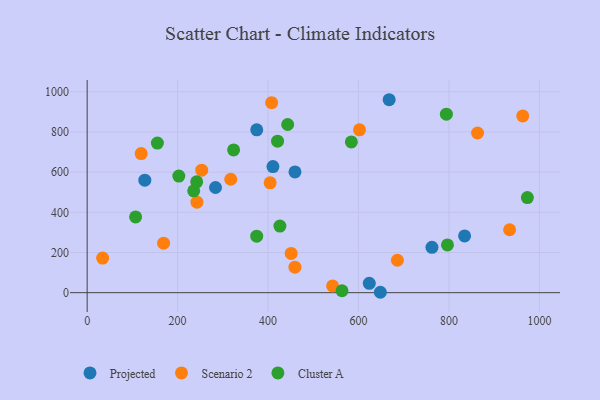
{"axis": {"x": "Experience", "y": "Rating"}, "legend": ["Cluster A", "Projected", "Scenario 2"], "data": [{"x": "623.8", "y": 46.7, "type": "Projected"}, {"x": "667.8", "y": 960.2, "type": "Projected"}, {"x": "762.4", "y": 225.8, "type": "Projected"}, {"x": "459.5", "y": 601.1, "type": "Projected"}, {"x": "648.3", "y": 2.0, "type": "Projected"}, {"x": "375.0", "y": 810.4, "type": "Projected"}, {"x": "834.6", "y": 282.3, "type": "Projected"}, {"x": "410.8", "y": 627.5, "type": "Projected"}, {"x": "283.8", "y": 523.5, "type": "Projected"}, {"x": "127.5", "y": 559.9, "type": "Projected"}, {"x": "253.3", "y": 609.5, "type": "Scenario 2"}, {"x": "542.7", "y": 33.8, "type": "Scenario 2"}, {"x": "317.5", "y": 564.4, "type": "Scenario 2"}, {"x": "934.1", "y": 313.2, "type": "Scenario 2"}, {"x": "407.9", "y": 945.4, "type": "Scenario 2"}, {"x": "686.0", "y": 161.4, "type": "Scenario 2"}, {"x": "963.1", "y": 879.6, "type": "Scenario 2"}, {"x": "34.2", "y": 172.3, "type": "Scenario 2"}, {"x": "242.8", "y": 450.4, "type": "Scenario 2"}, {"x": "119.4", "y": 692.2, "type": "Scenario 2"}, {"x": "459.4", "y": 127.0, "type": "Scenario 2"}, {"x": "169.0", "y": 246.2, "type": "Scenario 2"}, {"x": "863.2", "y": 794.6, "type": "Scenario 2"}, {"x": "404.6", "y": 546.6, "type": "Scenario 2"}, {"x": "451.1", "y": 195.2, "type": "Scenario 2"}, {"x": "602.2", "y": 810.2, "type": "Scenario 2"}, {"x": "107.1", "y": 376.9, "type": "Cluster A"}, {"x": "426.2", "y": 331.3, "type": "Cluster A"}, {"x": "374.9", "y": 281.1, "type": "Cluster A"}, {"x": "242.2", "y": 551.5, "type": "Cluster A"}, {"x": "421.0", "y": 753.9, "type": "Cluster A"}, {"x": "443.4", "y": 836.8, "type": "Cluster A"}, {"x": "584.2", "y": 750.3, "type": "Cluster A"}, {"x": "794.3", "y": 888.2, "type": "Cluster A"}, {"x": "202.7", "y": 580.5, "type": "Cluster A"}, {"x": "796.7", "y": 237.7, "type": "Cluster A"}, {"x": "323.8", "y": 710.6, "type": "Cluster A"}, {"x": "155.3", "y": 744.4, "type": "Cluster A"}, {"x": "235.6", "y": 506.9, "type": "Cluster A"}, {"x": "563.5", "y": 9.5, "type": "Cluster A"}, {"x": "973.4", "y": 473.3, "type": "Cluster A"}]}